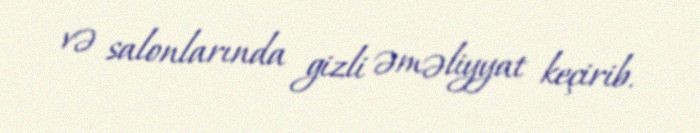
və salonlarında gizli əməliyyat keçirib.